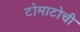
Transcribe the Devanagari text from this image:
टोमाटोची